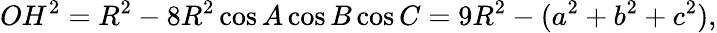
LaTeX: OH^{2}=R^{2}-8R^{2}\cos A\cos B\cos C=9R^{2}-(a^{2}+b^{2}+c^{2}),